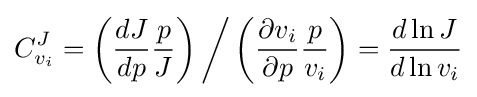
C_{v_{i}}^{J}=\left({\frac {dJ}{dp}}{\frac {p}{J}}\right){\bigg /}\left({\frac {\partial v_{i}}{\partial p}}{\frac {p}{v_{i}}}\right)={\frac {d\ln J}{d\ln v_{i}}}